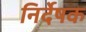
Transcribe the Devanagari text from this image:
निर्देषक